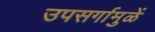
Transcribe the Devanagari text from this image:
उपसर्गामुळें